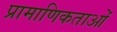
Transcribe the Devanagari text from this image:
प्रामाणिकताओं